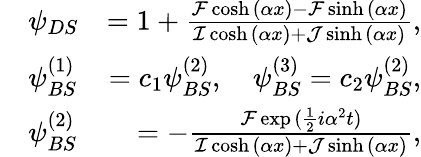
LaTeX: \begin{array}{rlr}&{\psi_{DS}}&{=1+\frac{\mathcal{F}\cosh{(\alpha x)}-\mathcal{F}\sinh{(\alpha x)}}{\mathcal{I}\cosh{(\alpha x)}+\mathcal{J}\sinh{(\alpha x)}},}\\ &{\psi_{BS}^{(1)}}&{=c_{1}\psi_{BS}^{(2)},~~~~\psi_{BS}^{(3)}=c_{2}\psi_{BS}^{(2)},}\\ &{\psi_{BS}^{(2)}}&{=-\frac{\mathcal{F}\exp{(\frac{1}{2}i\alpha^{2}t)}}{\mathcal{I}\cosh{(\alpha x)}+\mathcal{J}\sinh{(\alpha x)}},}\end{array}